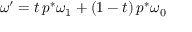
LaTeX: \omega ^ { \prime } = t \, p ^ { * } \omega _ { 1 } + ( 1 - t ) \, p ^ { * } \omega _ { 0 }